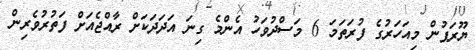
ޔޫރަޕުން މިއަހަރުގެ ފުރަތަމަ 6 މަސްދުވަހު އެންމެ ގިނަ އަދަދަކަށް ރާއްޖެއަށް ފަތުރުވެރިން